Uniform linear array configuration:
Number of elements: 48
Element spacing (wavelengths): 0.75
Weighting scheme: uniform
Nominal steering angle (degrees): -15
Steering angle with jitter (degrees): -15.395
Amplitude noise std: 0.05
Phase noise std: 0.05

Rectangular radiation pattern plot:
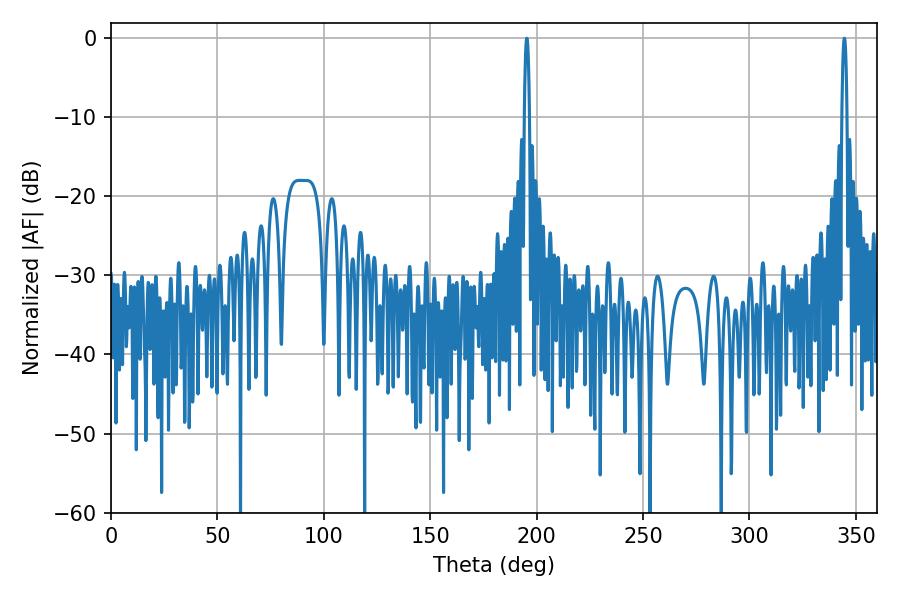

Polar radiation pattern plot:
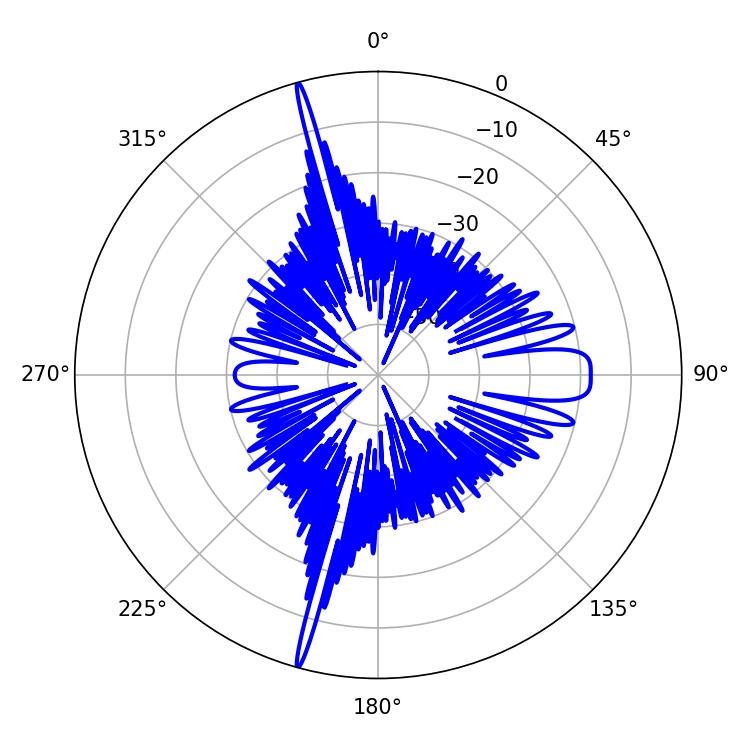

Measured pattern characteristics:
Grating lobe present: TRUE
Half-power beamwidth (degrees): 1.26
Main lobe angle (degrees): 195.48